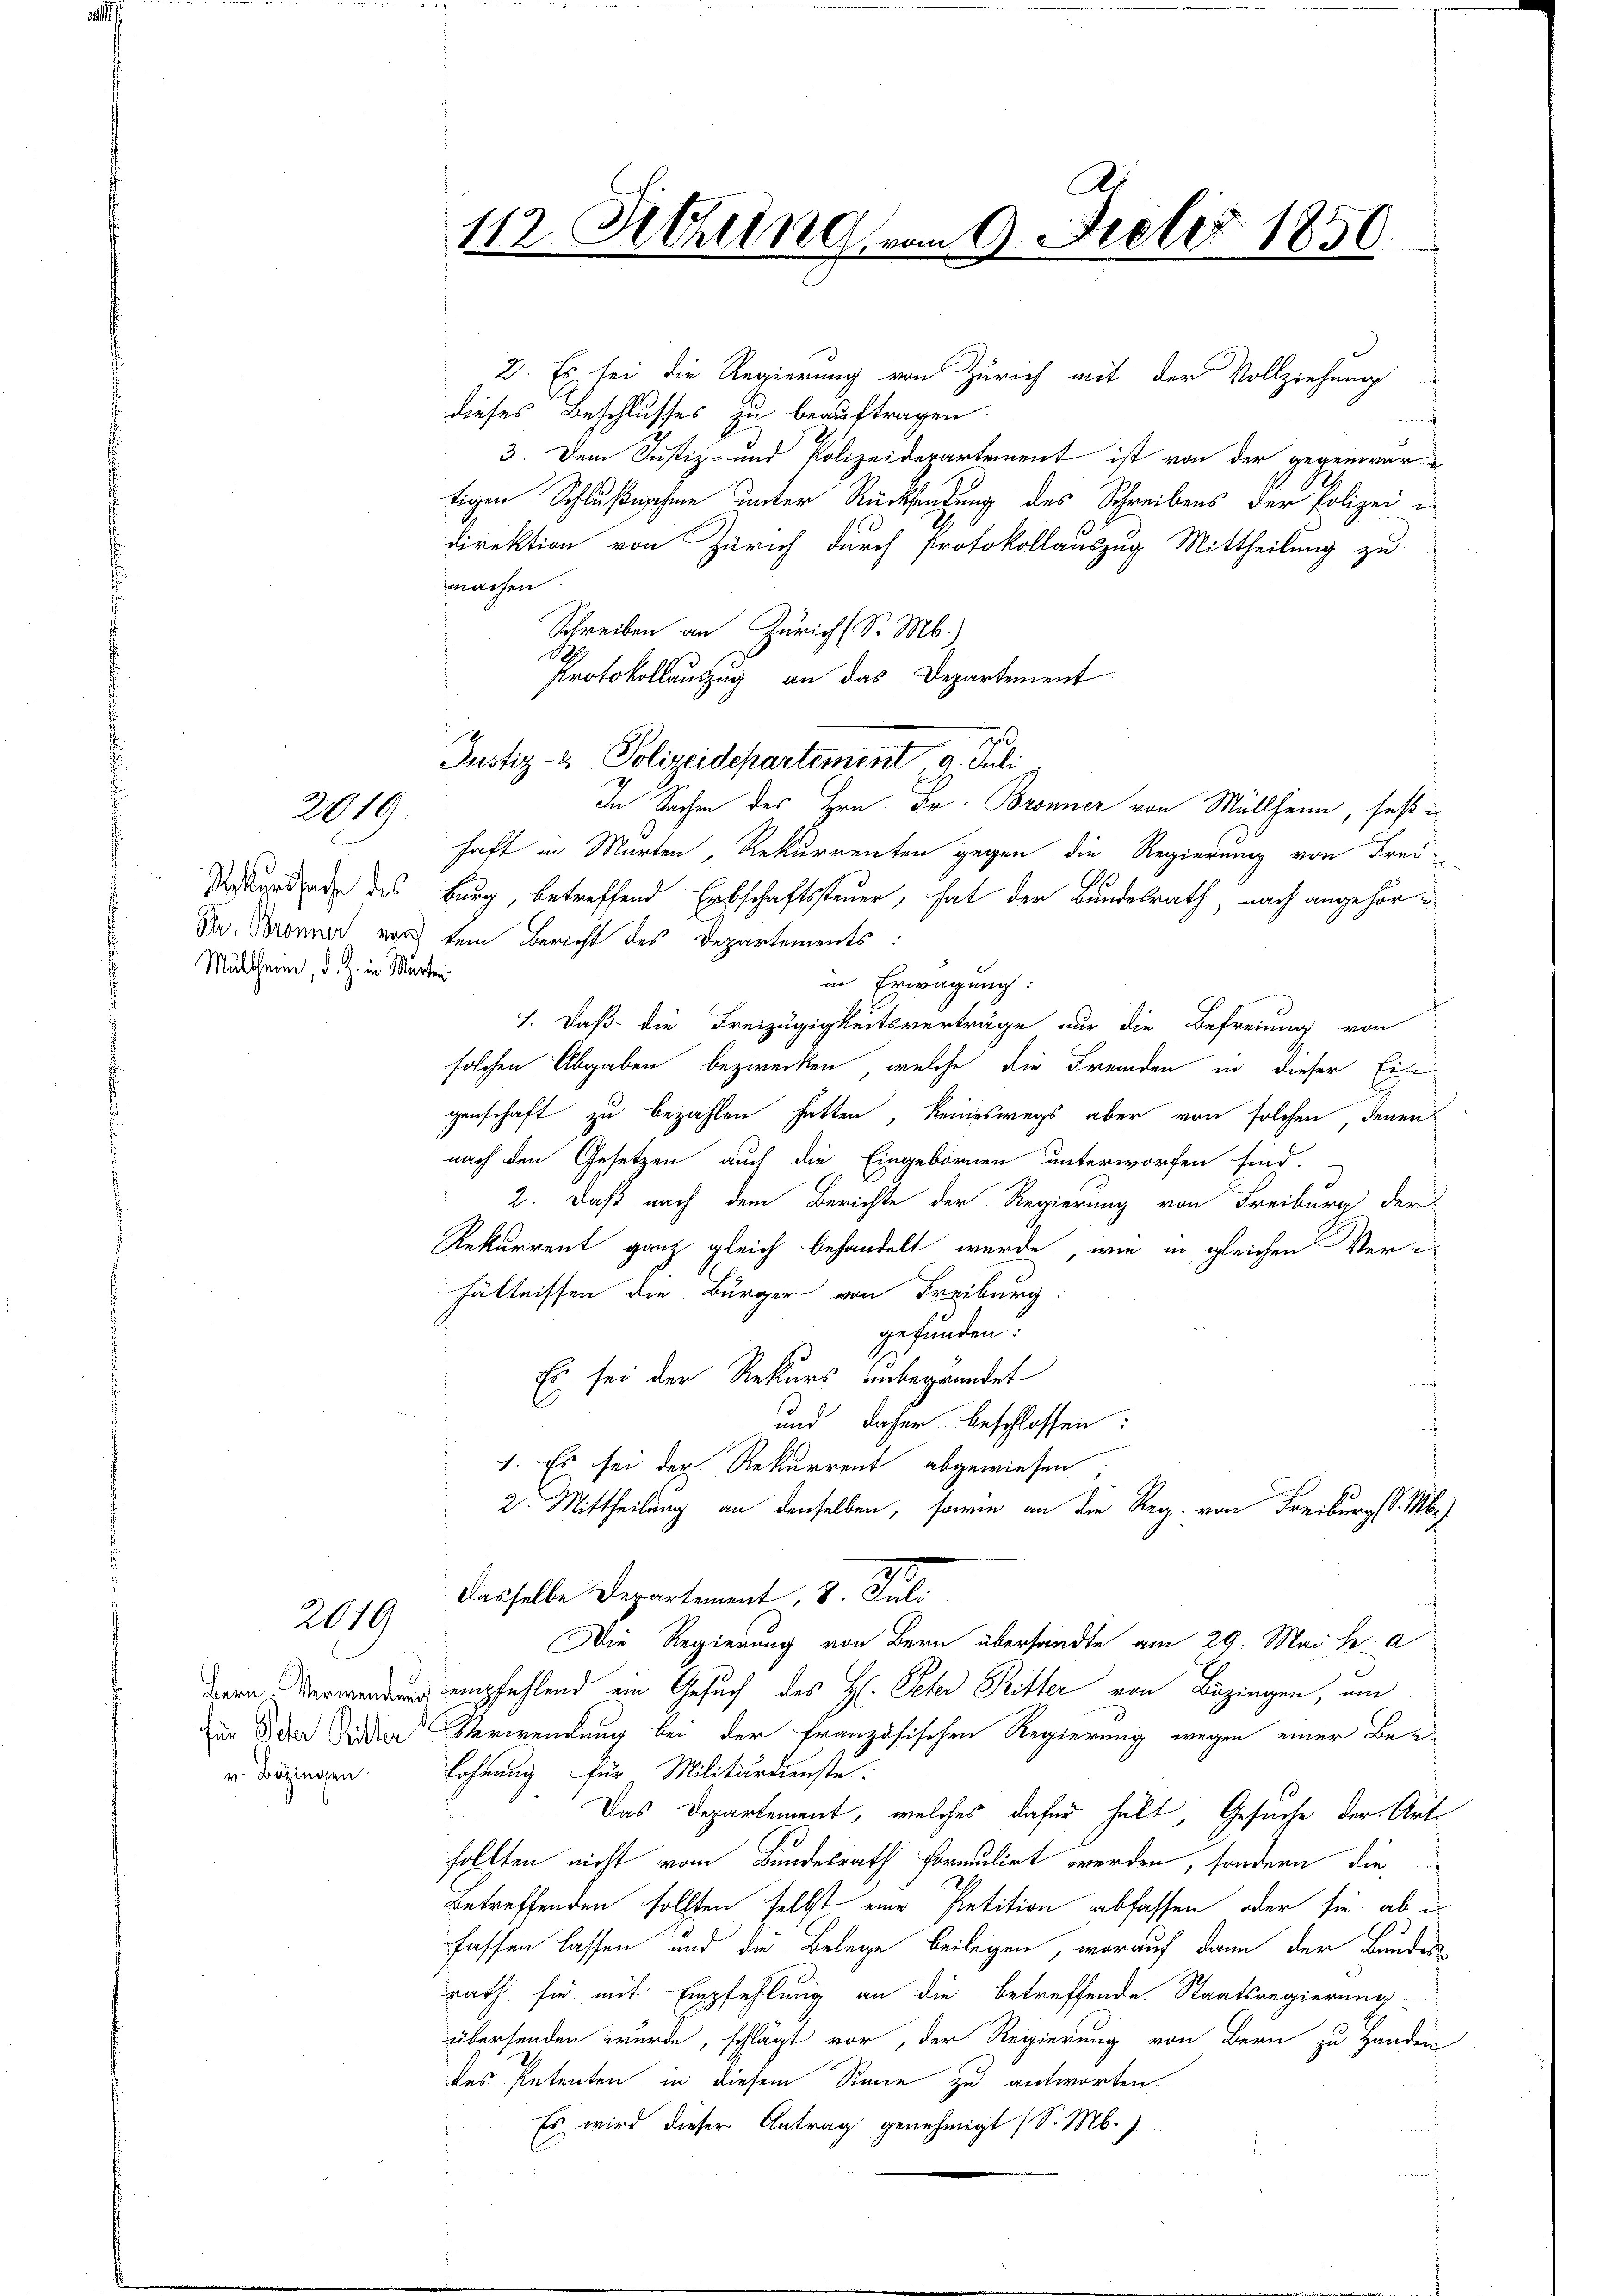
2019.

Dr. Bronner von
Müllheim, d. Z. in Murter

2019

v. Bezingen.

2. Es sei die Regierung von Zürich mit der Vollziehung
dieses Beschlusses zu beauftragen.
r
3. Dem Justiz- und Polizeidepartement ist von der gegenwar
tigen Schlußnahme unter Rücksendung des Schreibens der Polizei in
direktion von Zürich durch Protokollauszug Mittheilung zu
machen
Schreiben an Zürich (S. M.)
.
Protokollauszug an das Departement

A.
112. Abrung vom 9. Juli 1850.

9
Justiz- & Polizeidepartement 9. Juli

In Sachen des Hrn. Dr. Bronner von Müllheim, seß
haft in Marten, Rekurrenten gegen die Regierung von Frei
Stekertage des Burg, betreffend Erbschaftssteuer, hat der Bundesrath nach angehörtem Bericht des Departements:
in Erwägung:
1. Daß die Freizügigkeitsverträge nur die Befreiung von
solchen Abgaben bezwecken, welche die Fremden in dieser Eingenschaft zu bezahlen hatten, keineswegs aber von solchen, denen
nach den Gesetzen auch die Eingebornen unterworfen sind.
2. Daß nach dem Berichte der Regierung von Freiburg der
Rekurrent ganz gleich behandelt wurde, wie in gleichen Verhältnissen die Bürger von Freiburg:
gefunden.
Es sei der Rekurs unbegründet
und daher beschlossen:
1. Es sei der Rekurrent abgewiesen
2. Mittheilung an denselben, sowie an die Reg. von Freiburg d. M.)
dasselbe Departement, 8. Juli
Die Regierung von Bern übersandte am 29. Mai h. a
dern Verwendung empfehlend ein Gesuch des H. Peter Ritter von Bezingen, von
zur Oder Seiden Verwendung bei der französischen Regierung wegen einer Bez
Lohnung für Militärdienste:
Das Departement, welches dafür halt, Gesuche der Art
sollten nicht vom Bundesrath formulirt werden, sondern die
Betreffenden sollten selbst eine Petition abfassen, oder sie ab i
fassen lassen und die Belege beilegen, worauf dann der Bundes
rath für mit Empfehlung an die betreffende Staatsregierung
übersenden wurde, schlägt vor, der Regierung von Bern zu Handen
des Petenten in diesem Sinne zu antworten
Es wird dieser Antrag genehmigt (S. M.)